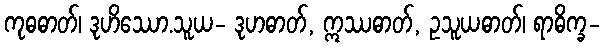
ကုဓဓာတ်၊ ဒုဟိဿော.သူယ- ဒုဟဓာတ်, ဣဿဓာတ်, ဥသူယဓာတ်၊ ရာဓိက္ခ-